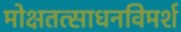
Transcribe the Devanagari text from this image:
मोक्षतत्साधनविमर्श